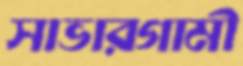
সাভারগামী